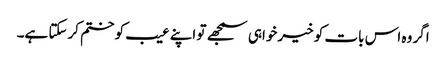
اگر وہ اس بات کو خیرخواہی سمجھے تو اپنے عیب کو ختم کرسکتا ہے۔